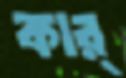
কার্